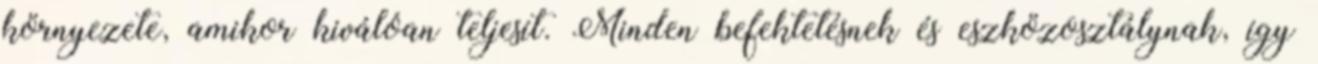
környezete, amikor kiválóan teljesít. Minden befektetésnek és eszközosztálynak, így